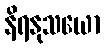
နိရနုသယော